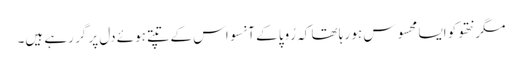
مگر نتھو کو ایسا محسوس ہو رہا تھا کہ رُوپا کے آنسو اس کے تپتے ہوئے دل پر گر رہے ہیں۔